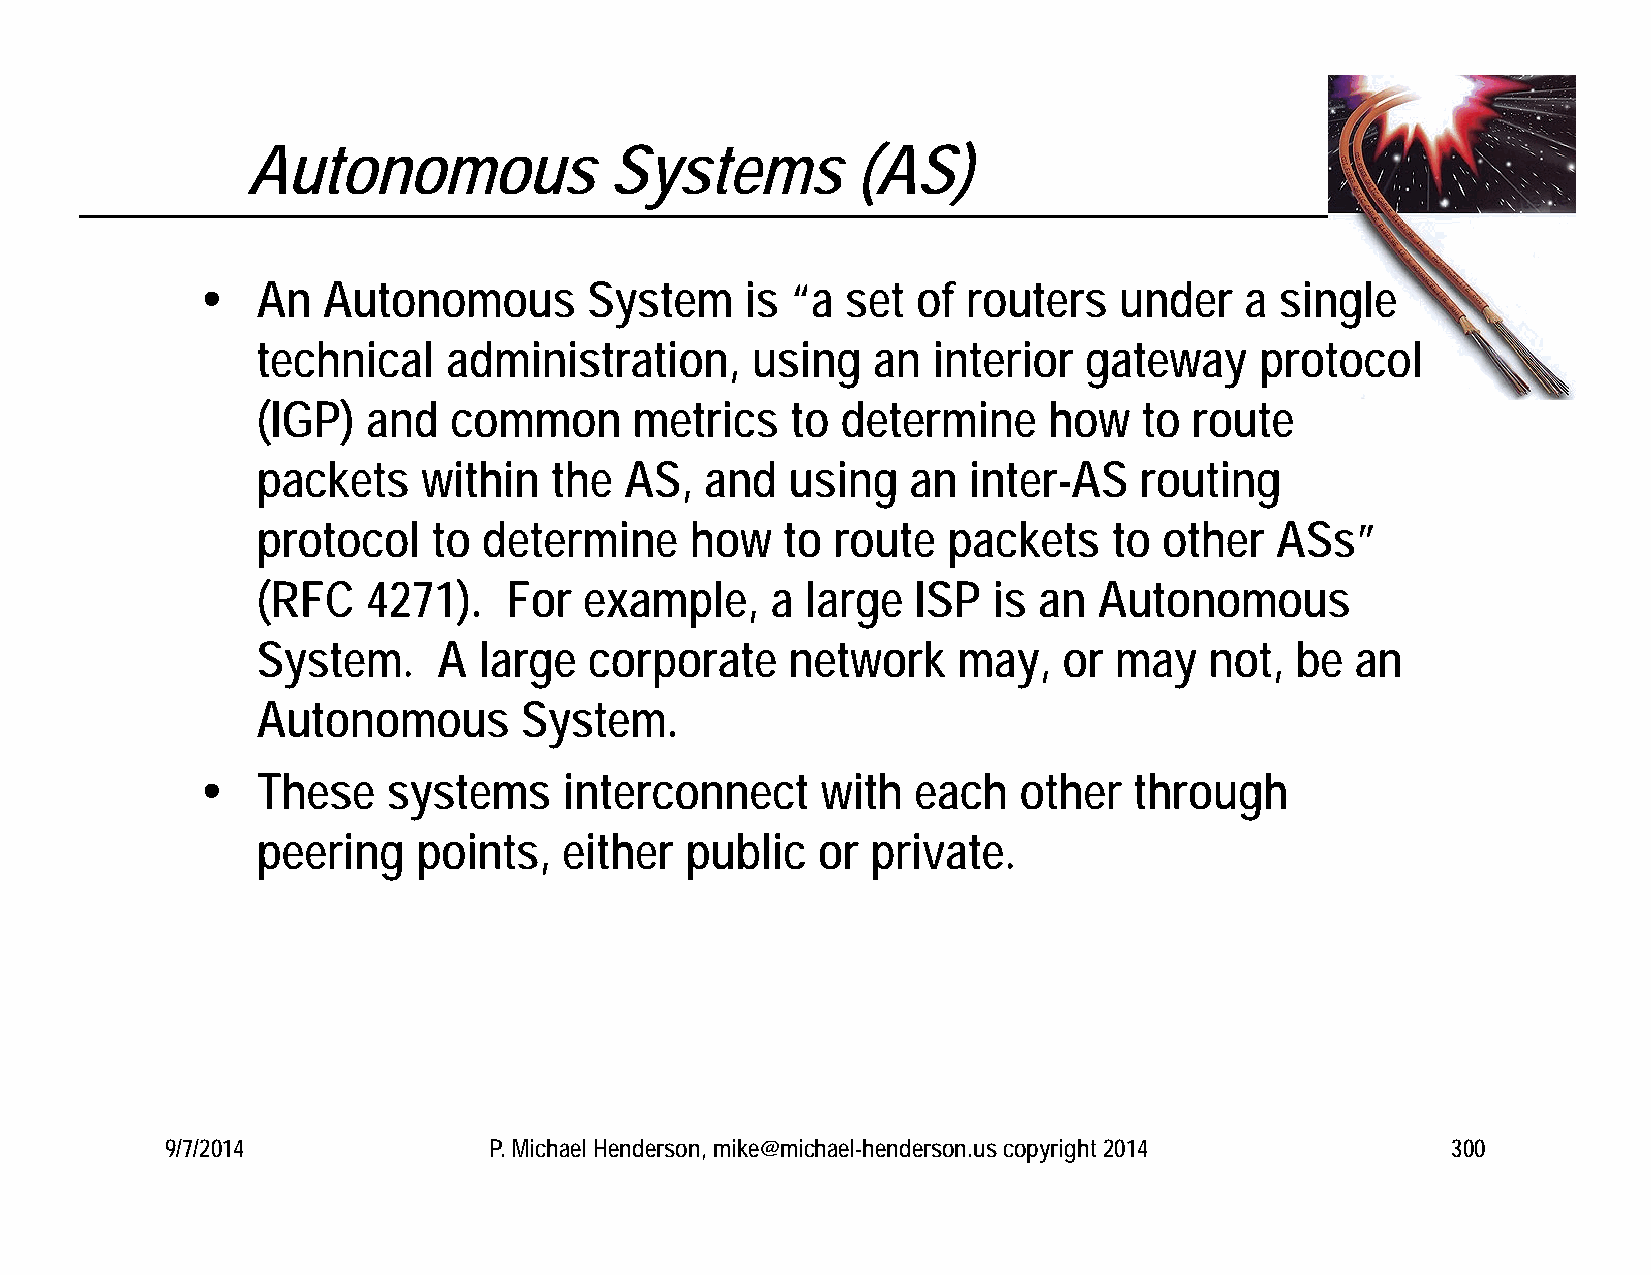
Autonomous              Systems          (AS)
    An  Autonomous        System    is “a  set  of routers   under   a  single
 technical    administration,     using   an  interior  gateway    protocol
 (IGP)  and   common      metrics   to  determine    how    to route
 packets    within  the  AS,   and  using   an  inter-AS   routing
 protocol    to determine     how   to route   packets    to other  ASs”
 (RFC   4271).   For   example,    a large   ISP  is an  Autonomous
 System.     A  large  corporate    network    may,   or  may   not,  be  an
 Autonomous       System.
    These    systems    interconnect     with  each   other   through
 peering    points,  either  public   or  private.
 9/7/2014             P. Michael Henderson, mike@michael-henderson.us copyright 2014  300